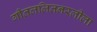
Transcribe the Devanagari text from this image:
गीतललितनरलीला